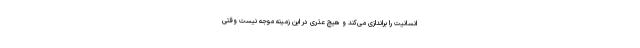
انسانیت را براندازی می‌کند و هیچ عذری در این زمینه موجه نیست وقتی